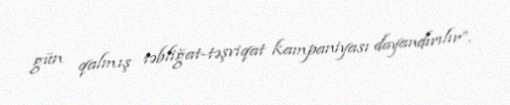
gün qalmış təbliğat-təşviqat kampaniyası dayandırılır”.